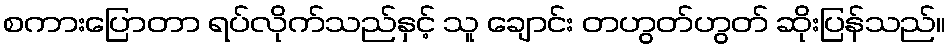
စကားပြောတာ ရပ်လိုက်သည်နှင့် သူ ချောင်း တဟွတ်ဟွတ် ဆိုးပြန်သည်။